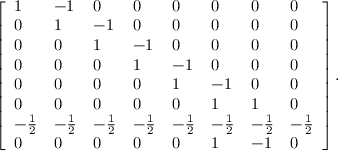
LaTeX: \left[ { \begin{array} { l l l l l l l l } { 1 } & { - 1 } & { 0 } & { 0 } & { 0 } & { 0 } & { 0 } & { 0 } \\ { 0 } & { 1 } & { - 1 } & { 0 } & { 0 } & { 0 } & { 0 } & { 0 } \\ { 0 } & { 0 } & { 1 } & { - 1 } & { 0 } & { 0 } & { 0 } & { 0 } \\ { 0 } & { 0 } & { 0 } & { 1 } & { - 1 } & { 0 } & { 0 } & { 0 } \\ { 0 } & { 0 } & { 0 } & { 0 } & { 1 } & { - 1 } & { 0 } & { 0 } \\ { 0 } & { 0 } & { 0 } & { 0 } & { 0 } & { 1 } & { 1 } & { 0 } \\ { - { \frac { 1 } { 2 } } } & { - { \frac { 1 } { 2 } } } & { - { \frac { 1 } { 2 } } } & { - { \frac { 1 } { 2 } } } & { - { \frac { 1 } { 2 } } } & { - { \frac { 1 } { 2 } } } & { - { \frac { 1 } { 2 } } } & { - { \frac { 1 } { 2 } } } \\ { 0 } & { 0 } & { 0 } & { 0 } & { 0 } & { 1 } & { - 1 } & { 0 } \end{array} } \right] .